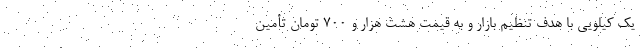
یک کیلویی با هدف تنظیم بازار و به قیمت هشت هزار و 700 تومان تأمین